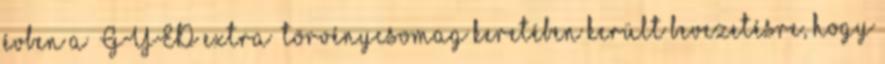
évben a „GYED extra” törvénycsomag keretében került bevezetésre, hogy